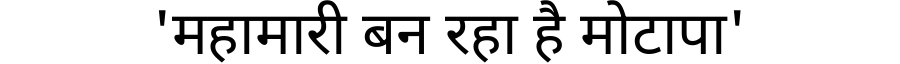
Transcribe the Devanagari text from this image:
'महामारी बन रहा है मोटापा'